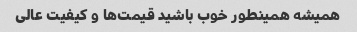
همیشه همینطور خوب باشید قیمت‌ها و کیفیت عالی